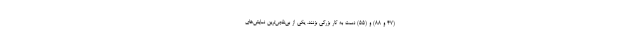
(۴۷ و ۸۸) و (۵۵) دست به کار بزرگی بزنند. یکی از بی‌نقص‌ترین نمایش‌های